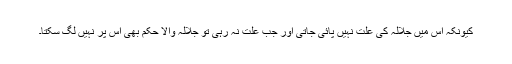
کیونکہ اس میں جلالہ کی علت نہیں پائی جاتی اور جب علت نہ رہی تو جلالہ والا حکم بھی اس پر نہیں لگ سکتا۔